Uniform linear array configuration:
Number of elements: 48
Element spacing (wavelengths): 1
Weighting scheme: blackman
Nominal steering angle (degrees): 0
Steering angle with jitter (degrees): -1.452
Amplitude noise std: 0.05
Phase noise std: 0.05

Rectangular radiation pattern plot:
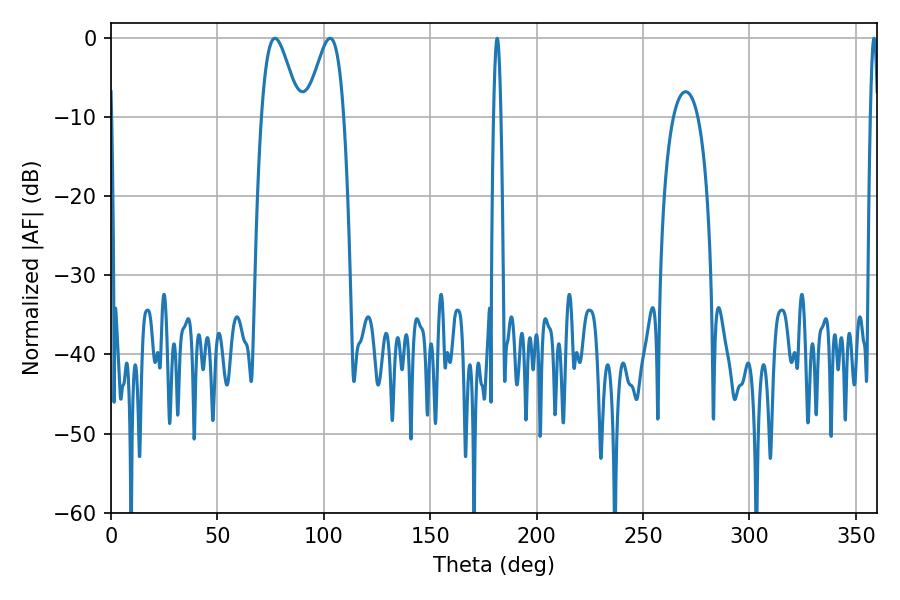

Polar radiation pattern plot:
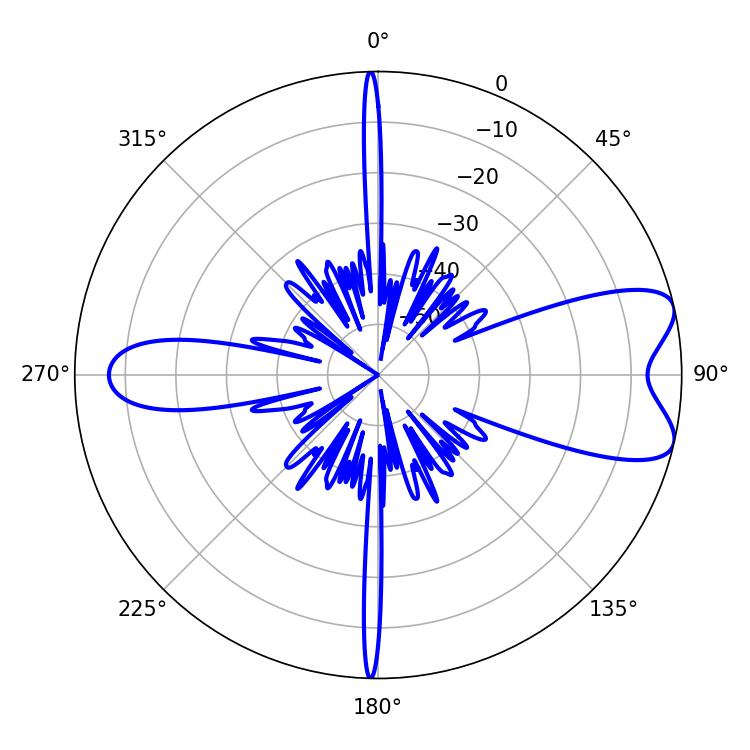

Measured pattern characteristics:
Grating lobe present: TRUE
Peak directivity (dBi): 7.98
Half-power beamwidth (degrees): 9.36
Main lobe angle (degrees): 77.04